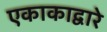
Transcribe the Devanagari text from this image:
एकाकाद्वारे